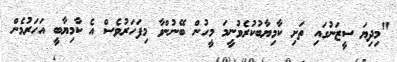
"މިދިޔަ ސީޒަނުގައި ތަށި ކާމިޔާބުކުރެވުނީމަ މީހުން ބޭނުންވާ މިފަހަރުވެސް އެ ކާމިޔާބީ އަހަރުމެން